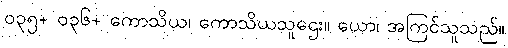
၀၃၅+ ၀၃၆+ ကောသိယ၊ ကောသိယသူဌေး။ ယော၊ အကြင်သူသည်။